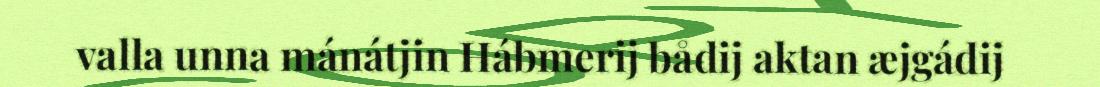
valla unna mánátjin Hábmerij bådij aktan æjgádij